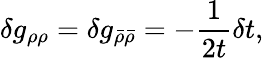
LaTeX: \delta g_{\rho\rho}=\delta g_{\bar{\rho}\bar{\rho}}=-\frac 1{2t}\delta t,